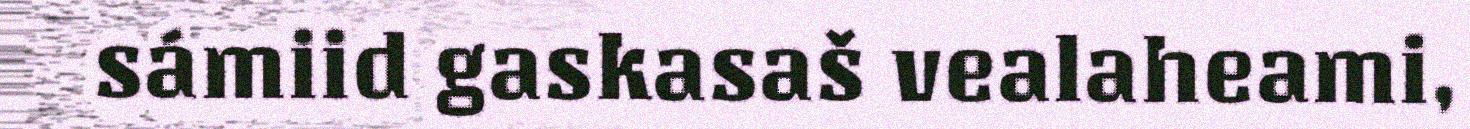
sámiid gaskasaš vealaheami,